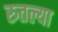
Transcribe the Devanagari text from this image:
रुतल्या